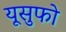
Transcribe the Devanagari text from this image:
यूसुफो